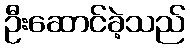
ဦးဆောင်ခဲ့သည်